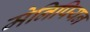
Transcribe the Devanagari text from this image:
मेनिपियन